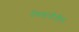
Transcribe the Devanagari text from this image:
देवयानीतील